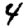
Digit: 4